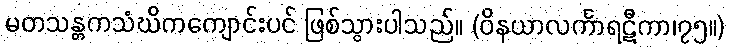
မတသန္တကသံဃိကကျောင်းပင် ဖြစ်သွားပါသည်။ (ဝိနယာလင်္ကာရဋီကာ၊၇၅။)